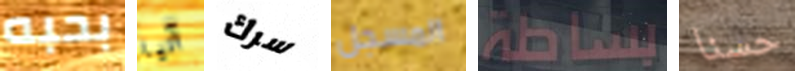
بحبه آنيا سرك المسجل بساطة حسنا